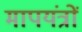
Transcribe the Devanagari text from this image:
मापयंत्रों